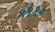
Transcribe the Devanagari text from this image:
९११०